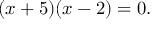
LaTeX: ( x + 5 ) ( x - 2 ) = 0 .